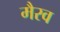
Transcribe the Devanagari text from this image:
मैरव